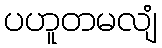
ပဟူတမလျံ